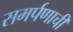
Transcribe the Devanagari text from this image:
समर्पणाची